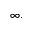
\infty .